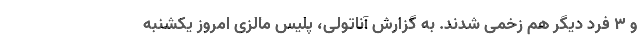
و ۳ فرد دیگر هم زخمی شدند. به گزارش آناتولی، پلیس مالزی امروز یکشنبه